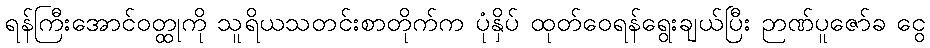
ရန်ကြီးအောင်ဝတ္ထုကို သူရိယသတင်းစာတိုက်က ပုံနှိပ် ထုတ်ဝေရန်ရွေးချယ်ပြီး ဉာဏ်ပူဇော်ခ ငွေ